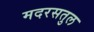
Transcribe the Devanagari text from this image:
मदरसतुल